Language: tamil
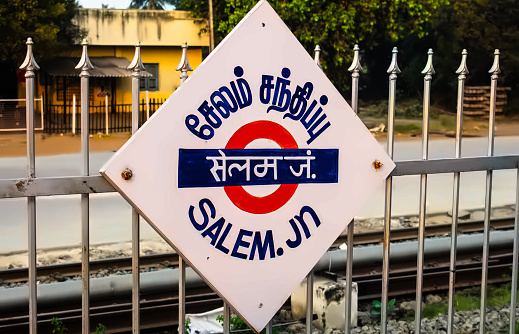
Transcription: சந்திப்பு சேலம்